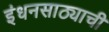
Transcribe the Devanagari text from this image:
इंधनसाठ्याची